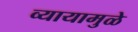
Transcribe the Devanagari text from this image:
व्यायामुळे